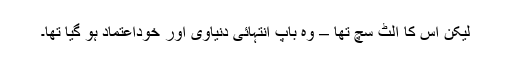
لیکن اُس کا اُلٹ سچ تھا – وہ باپ انتہائی دُنیاوی اور خُوداعتماد ہو گیا تھا۔